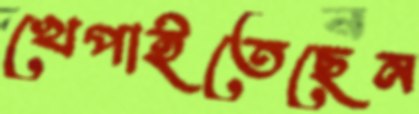
খেপাইতেছেন